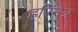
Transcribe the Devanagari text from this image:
हरिनेत्र